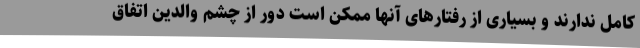
کامل ندارند و بسیاری از رفتارهای آنها ممکن است دور از چشم والدین اتفاق